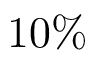
1 0 \%